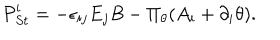
{ \cal P } _ { S t } ^ { i } = - \epsilon _ { i j } E _ { j } B - \Pi _ { \theta } ( A _ { i } + \partial _ { i } \theta ) .